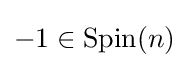
-1\in \mathrm {Spin} (n)